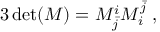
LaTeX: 3 \operatorname * { d e t } ( M ) = M _ { \bar { j } } ^ { i } { \cal M } _ { i } ^ { \bar { j } } ~ ,